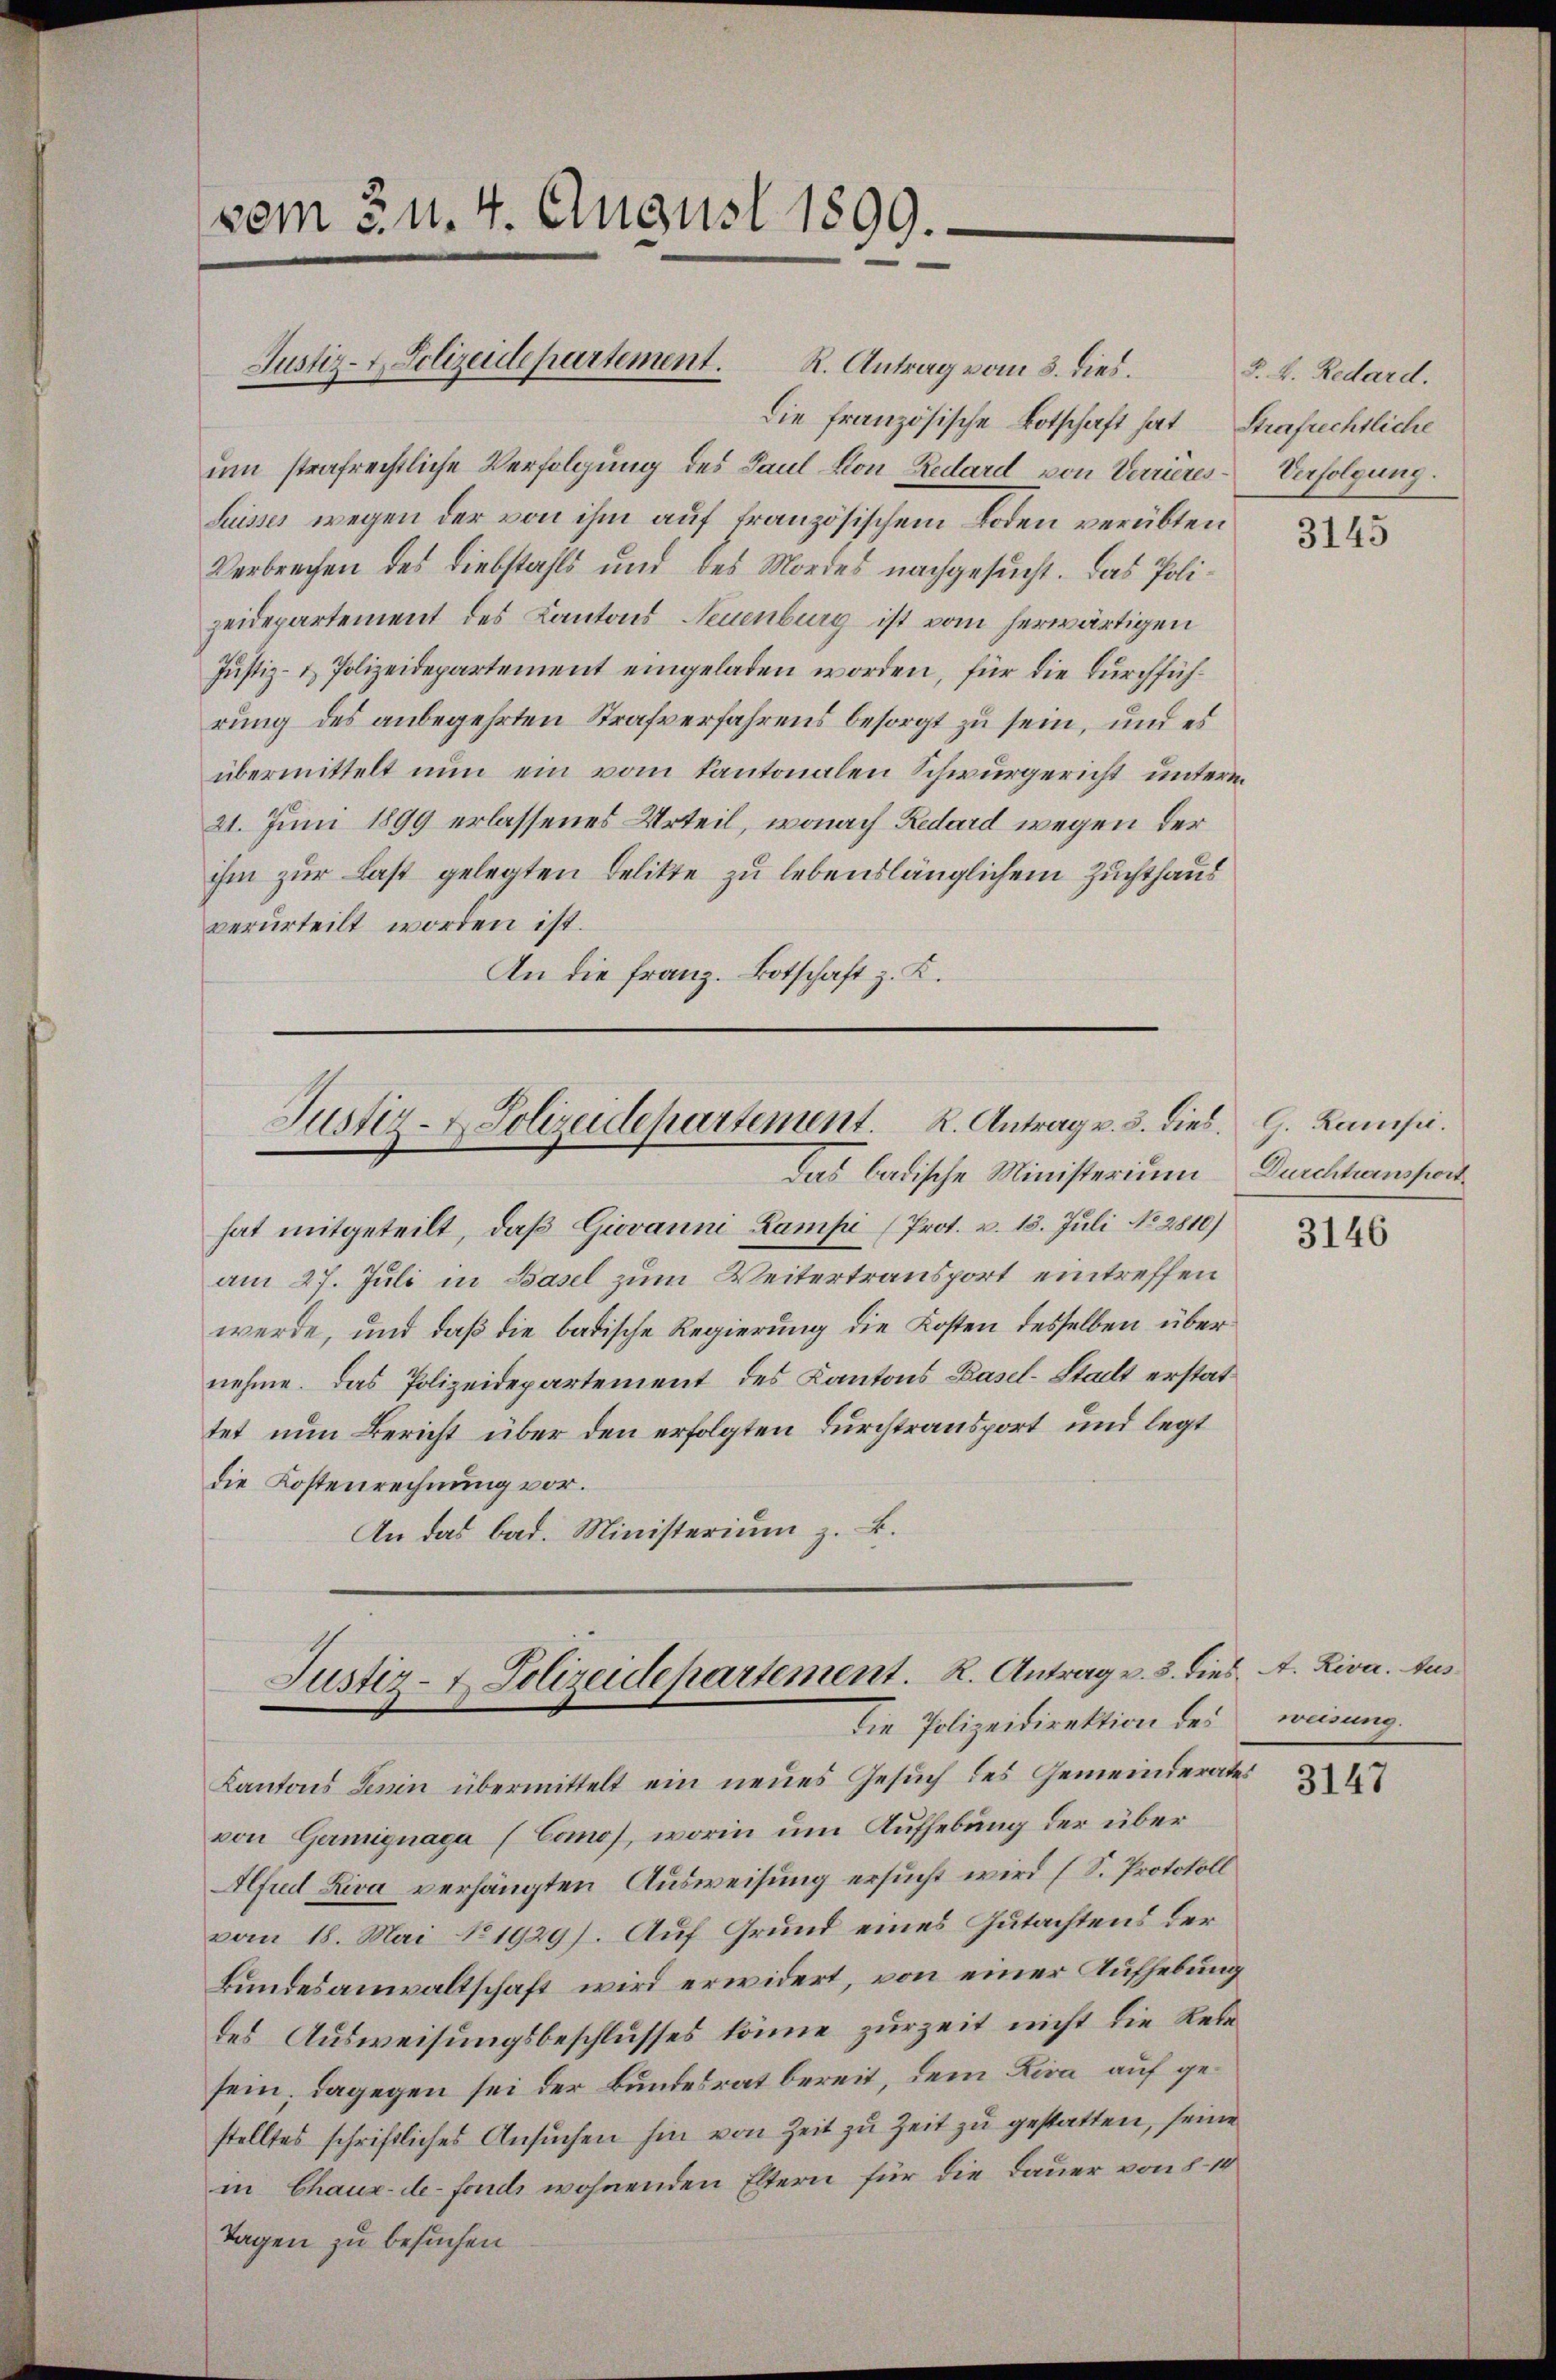
vom c. u. 4. August 1899.

Justiz- & Polizeidepartement. R. Antrag vom 3. dies.

Justiz- & Polizeidepartement. K. Antrag v. 3. Dies
das badische Ministerium

Die französische Botschaft hat Strafrechtliche
um strafrechtliche Verfolgung des Paul von Redard von Verrieres-Verfolgung.
Suisses wegen der von ihm auf französischem Boden verübten
Verbrechen des Liebstahls und des Mordes nachgesucht. Das Polizeidepartement des Kantons Neuenburg ist vom herwärtigen
Justiz- & Polizeidepartement eingeladen worden, für die Durchführung des anbegehrten Strafverfahrens besorgt zu sein, und es
übermittelt nun ein vom Kantonalen Schwurgericht unterm
21. Juni 1899 erlassenes Urteil, wonach Redard wegen der
ihm zur Last gelegten Delikte zu lebenslänglichem Zuchthaus
verurteilt worden ist.
An die Franz. Botschaft z. K.

Justiz- & Polizeidepartement. R. Antrag v. 3. dies A. Riva. Aus
Die Polizeidirektion bei

3. k. Redard.

hat mitgeteilt, daβ Giovanni-Lampi (Prot. v. 15. Juli No 2810)
am 27. Juli in Basel zum Weitertransport eintreffen
werde, und daß die badische Regierung die Kosten desselben über
nehme. Das Polizeidepartement des Kantons Basel-Stadt erstattet nun Bericht über den erfolgten Durchtransport und legt
die Kostenrechnung vor.
An das bad. Ministerium z. B.

Kantons Lenin übermittelt ein neues Gesuch des Gemeinderates
von Garmignaga (Comos, worin um Aufhebung der über¬
Alfu Liva verhängten Ausweisung ersucht wird (S. Protokoll
vom 18. Mai N. 1929). Auf Grund eines Gutachtens der
Bundesanwaltschaft wird erwidert, von einer Aufhebung
des Ausweisungsbeschlusses könne zur Zeit nicht die Rete
sein. Dagegen sei der Bundesrat bereit, dem Lira, auf gestelltes schriftliches Ansuchen hin von Zeit zu Zeit zu gestatten, seine
in Chaux-de-Fonds wohnenden Eltern für die Dauer von 8-10
Tagen zu besuchen

3145

G. Rampi.
Durchtransport

3146

weisung.

3147